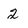
Character: 2